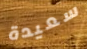
سعيدة